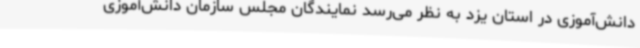
دانش‌آموزی در استان یزد به نظر می‌رسد نمایندگان مجلس سازمان دانش‌آموزی